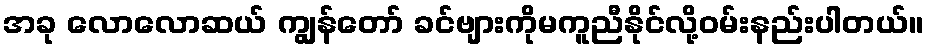
အခု လောလောဆယ် ကျွန်တော် ခင်ဗျားကိုမကူညီနိုင်လို့ဝမ်းနည်းပါတယ်။